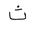
Letter: _tha